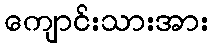
ကျောင်းသားအား